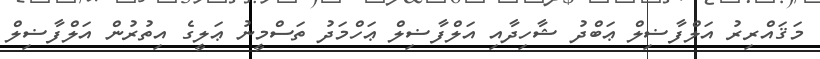
މަޤައްރިރު އަލްފާޟިލް ޢަބްދު ޝާހިދާއި އަލްފާޟިލް ޢަހްމަދު ތަސްމީނު ޢަލީގެ އިތުރުން އަލްފާޟިލް